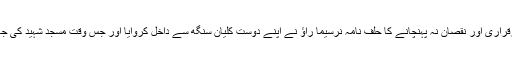
سپریم کورٹ میں بھی مسجد کی برقراری اور نقصان نہ پہنچانے کا حلف نامہ نرسیما راؤ نے اپنے دوست کلیان سنگھ سے داخل کروایا اور جس وقت مسجد شہید کی جارہی تھی، نرسیما راؤ سوتے رہے۔